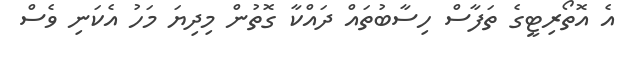
އެ އޮތޯރިޓީގެ ތަފާސް ހިސާބުތައް ދައްކާ ގޮތުން މިދިޔަ މަހު އެކަނި ވެސް